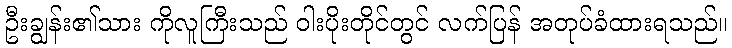
ဦးချွန်း၏သား ကိုလူကြီးသည် ဝါးပိုးတိုင်တွင် လက်ပြန် အတုပ်ခံထားရသည်။